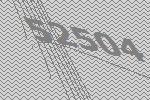
52504